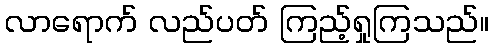
လာရောက် လည်ပတ် ကြည့်ရှုကြသည်။